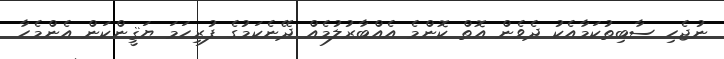
ނުޖެހި ސާބިތުކަމާއެކު ދެވެން އޮތް ކޮންމެ އެއްބާރުލުމެއް ދޭނެކަމުގެ ފުރިހަމަ ޔަޤީންކަން އެންމެހާ